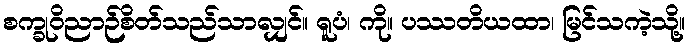
စက္ခုဝိညာဉ်စိတ်သည်သာလျှင်။ ရူပံ၊ ကို။ ပဿတိယထာ၊ မြင်သကဲ့သို့။